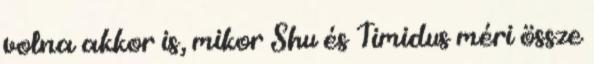
volna akkor is, mikor Shu és Timidus méri össze